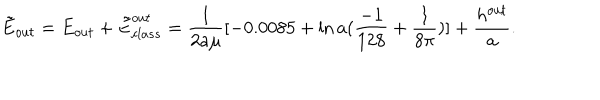
\tilde { E } _ { o u t } = E _ { o u t } + \tilde { E } _ { c l a s s } ^ { o u t } = \frac { 1 } { 2 a \mu } [ - 0 . 0 0 8 5 + \ln a ( \frac { - 1 } { 1 2 8 } + \frac { 1 } { 8 \pi } ) ] + \frac { h ^ { o u t } } { a } .